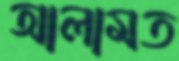
আলামত